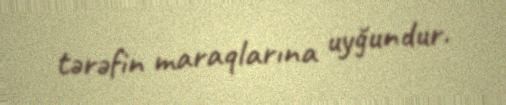
tərəfin maraqlarına uyğundur.